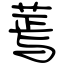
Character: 蔫